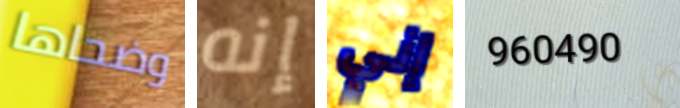
وضحاها إنه إني 960490